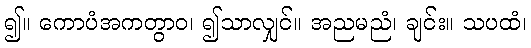
၍။ ကောပံအကတွာဝ၊ ၍သာလျှင်။ အညမညံ၊ ချင်း။ သပထံ၊